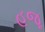
હજૂ